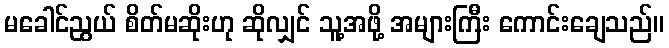
မခေါင်ညွယ် စိတ်မဆိုးဟု ဆိုလျှင် သူ့အဖို့ အများကြီး ကောင်းချေသည်။